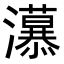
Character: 𭳲